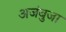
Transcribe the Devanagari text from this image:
अजंबुजा